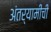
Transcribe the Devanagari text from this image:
अंतर्यामीची